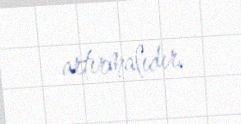
artırmalıdır.